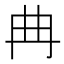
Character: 𱏺